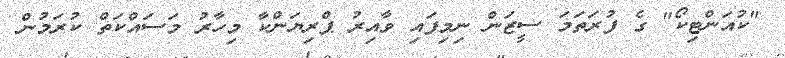
"ކުއަންޓިކޯ" ގެ ފުރަތަމަ ސީޒަން ނިމިފައި ވާއިރު ޕްރިޔަންކާ މިހާރު މަސައްކަތް ކުރަމުން